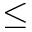
\leq